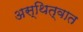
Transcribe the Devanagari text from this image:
अस्थित्वात